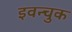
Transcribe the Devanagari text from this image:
इवन्चुक